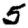
Digit: 5